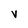
Character: v